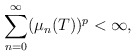
\begin{align*}\sum_{n=0}^{\infty} ( {\mu}_{n}(T) )^{p} < {\infty},\end{align*}